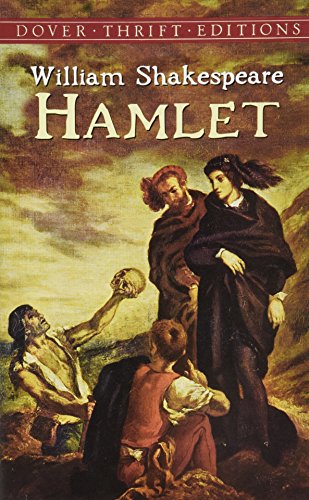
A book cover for Hamlet (Dover Thrift Editions); William Shakespeare; Comics & Graphic Novels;